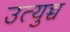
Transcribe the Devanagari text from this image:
उत्युच्च